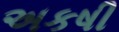
અકષી